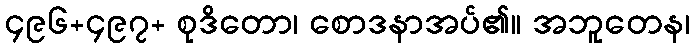
၄၉၆+၄၉၇+ စုဒိတော၊ စောဒနာအပ်၏။ အဘူတေန၊